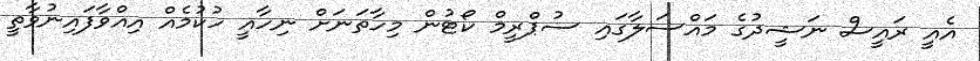
އެއީ ރައީސް ނަޝީދުގެ މައްސަލާގައި ސުޕްރީމް ކޯޓުން މިހާތަނަށް ނިހާއީ ހުކުމެއް އިއްވާފައިނުވާތީ